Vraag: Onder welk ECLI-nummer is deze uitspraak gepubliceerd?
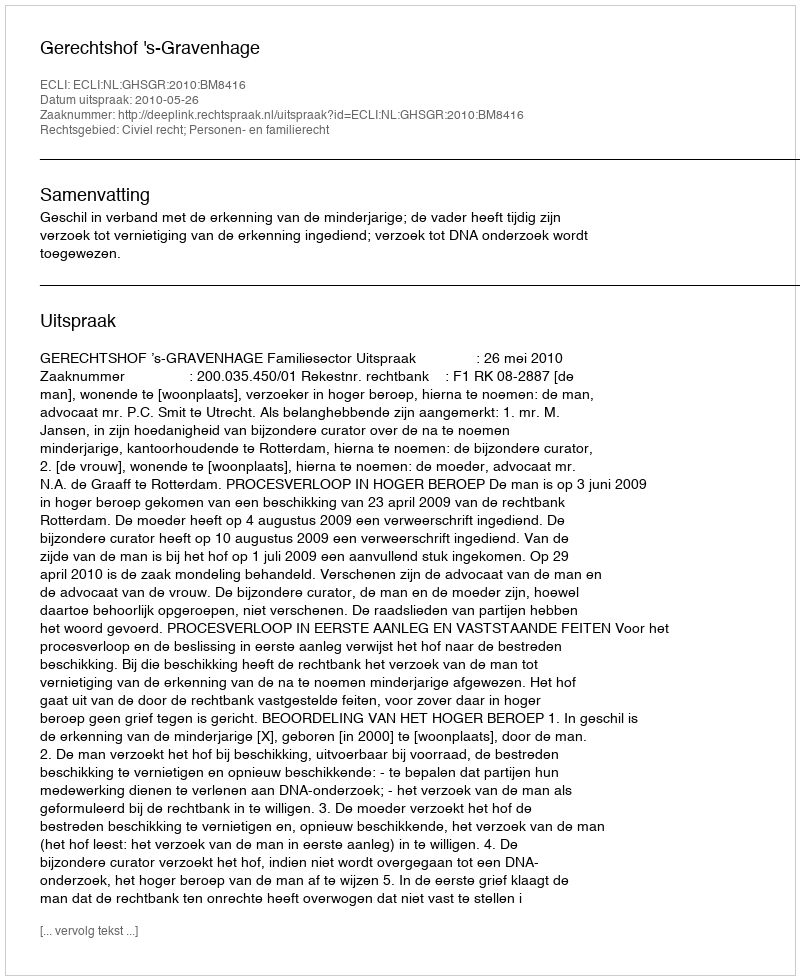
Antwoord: ECLI:NL:GHSGR:2010:BM8416